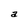
Character: a